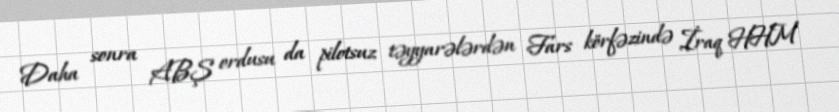
Daha sonra ABŞ ordusu da pilotsuz təyyarələrdən Fars körfəzində İraq HHM